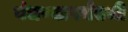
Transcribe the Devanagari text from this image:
बंधण्यापर्यंतची